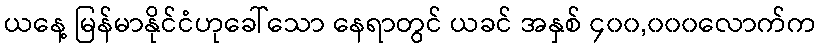
ယနေ့ မြန်မာနိုင်ငံဟုခေါ်သော နေရာတွင် ယခင် အနှစ် ၄၀၀,၀၀၀လောက်က